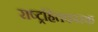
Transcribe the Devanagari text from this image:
राष्ट्रहितकारक